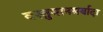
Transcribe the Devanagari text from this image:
वस्तुमानमर्यादा